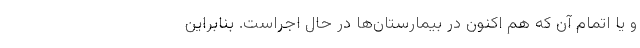
و یا اتمام آن که هم اکنون در بیمارستان‌ها در حال اجراست. بنابراین